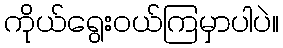
ကိုယ်ရွေးဝယ်ကြမှာပါပဲ။